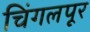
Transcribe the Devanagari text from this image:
चिंगलपूर